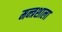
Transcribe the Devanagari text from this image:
मन्त्रशाला